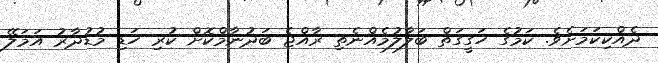
ދެއްކިކަމަށެވެ. ކަމުގެ ހަގީގަތް ބަލާލުމެއްނެތި ރާއްޖެ ބަދުނާމްކޮށް ކުރި ހަޑި މުޑުދާރު އަމަލޭ